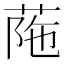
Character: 𦰜